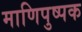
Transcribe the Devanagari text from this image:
माणिपुष्पक